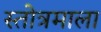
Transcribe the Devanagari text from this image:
स्तोत्रमाला